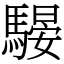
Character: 騴